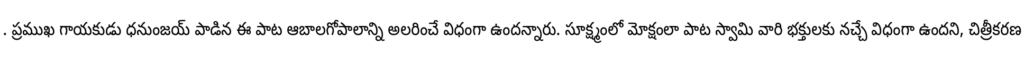
. ప్రముఖ గాయకుడు ధనుంజయ్ పాడిన ఈ పాట ఆబాలగోపాలాన్ని అలరించే విధంగా ఉందన్నారు. సూక్ష్మంలో మోక్షంలా పాట స్వామి వారి భక్తులకు నచ్చే విధంగా ఉందని, చిత్రీకరణ